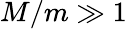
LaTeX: M/m\gg 1